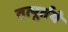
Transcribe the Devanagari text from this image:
तत्पूर्तये